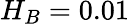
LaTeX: H_{B}=0.01